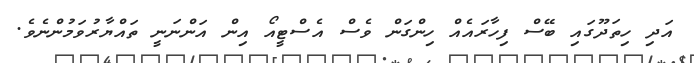
އަދި ހިތަދޫގައި ބޭސް ފިހާރައެއް ހިންގަން ވެސް އެސްޓީއޯ އިން އަންނަނީ ތައްޔާރުވަމުންނެވެ.